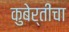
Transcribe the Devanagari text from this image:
कुबेर्तींचा